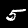
Label: 5